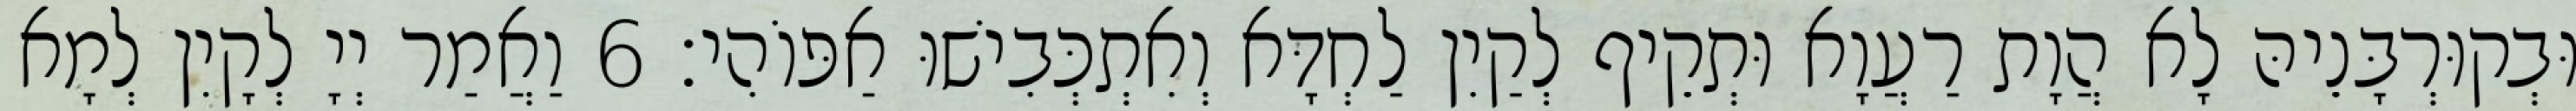
וּבְקוּרְבָּנֵיהּ לָא הֲוָת רַעֲוָא וּתְקֵיף לְקַיִן לַחְדָּא וְאִתְכְּבִישׁוּ אַפּוֹהִי׃ 6 וַאֲמַר יְיָ לְקָיִן לְמָא